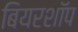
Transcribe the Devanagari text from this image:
बियरशॉप